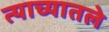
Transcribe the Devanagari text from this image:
त्याच्यातले